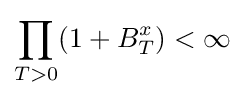
\prod _{T>0}(1+B_{T}^{x})<\infty